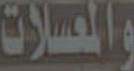
والمعسلات